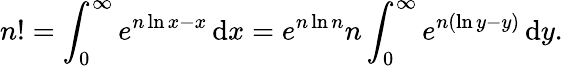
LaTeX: n!=\int_{0}^{\infty}e^{n\ln x-x}\, \mathrm{{d}}x=e^{n\ln n}n\int_{0}^{\infty}e^{n(\ln y-y)}\, \mathrm{{d}}y.